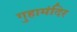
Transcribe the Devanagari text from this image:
गुहामंदिर